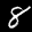
Label: 8